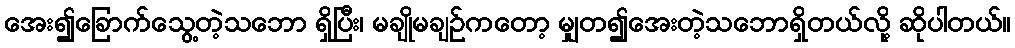
အေး၍ခြောက်သွေ့တဲ့သဘော ရှိပြီး၊ မချိုမချဉ်ကတော့ မျှတ၍အေးတဲ့သဘောရှိတယ်လို့ ဆိုပါတယ်။